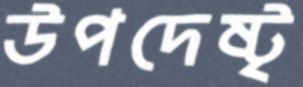
উপদেষ্টৃ